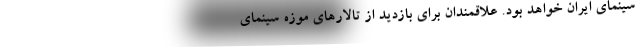
سینمای ایران خواهد بود. علاقمندان برای بازدید از تالارهای موزه سینمای